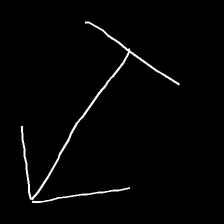
Glyph: levitation